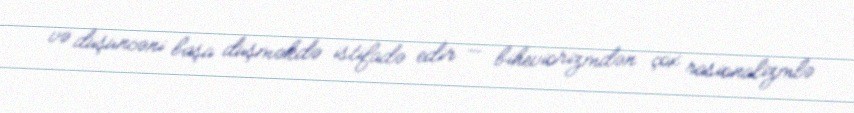
və düşüncəni başa düşməkdə istifadə edir — biheviorizmdən çox rasionalizmlə